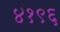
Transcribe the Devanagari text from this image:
४१९६